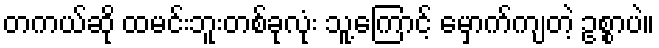
တကယ်ဆို ထမင်းဘူးတစ်ခုလုံး သူ့ကြောင့် မှောက်ကျတဲ့ ဥစ္စာပဲ။